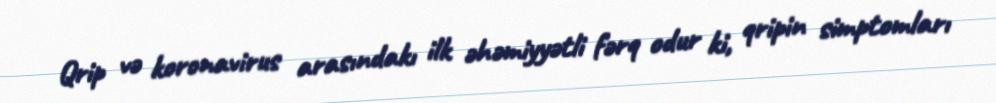
Qrip və koronavirus arasındakı ilk əhəmiyyətli fərq odur ki, qripin simptomları